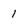
Character: i